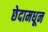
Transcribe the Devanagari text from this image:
छेदामधून